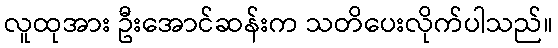
လူထုအား ဦးအောင်ဆန်းက သတိပေးလိုက်ပါသည်။